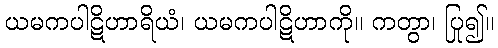
ယမကပါဋိဟာရိယံ၊ ယမကပါဋိဟာကို။ ကတွာ၊ ပြု၍။